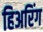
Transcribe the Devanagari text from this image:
हिअरिंग